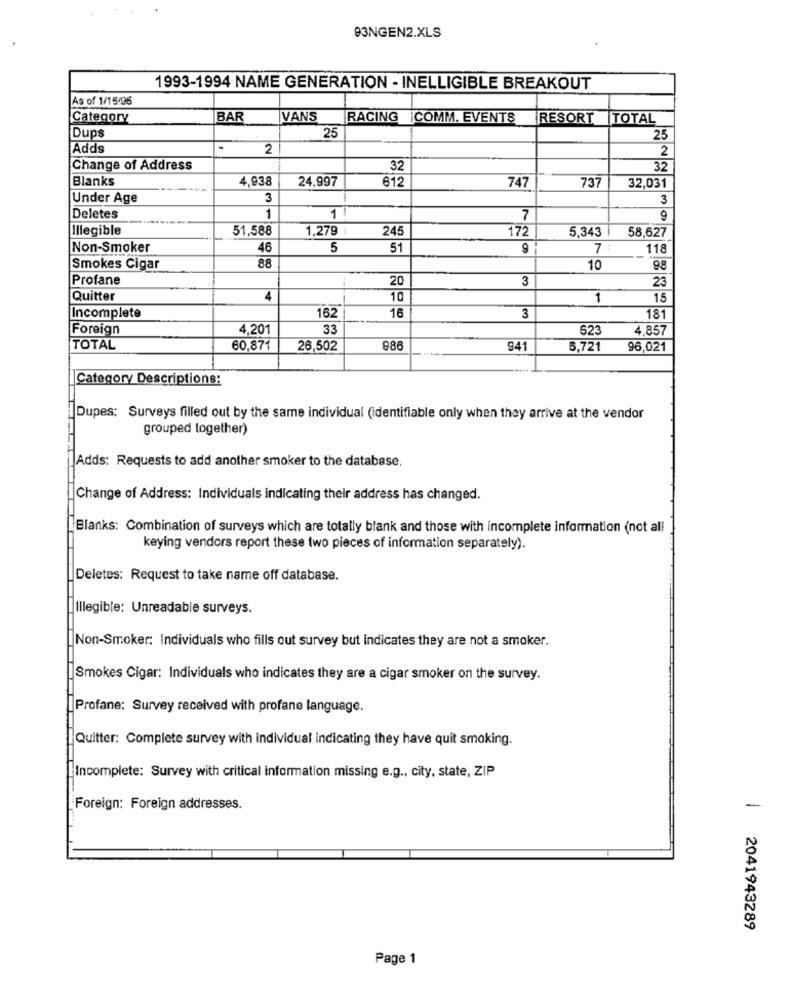
93NGEN2.XLS
1993-1994 NAME GENERATION - INELLIGIBLE BREAKOUT
As of 1/15/96
Category
BAR
VANS
RACING
¡COMM. EVENTS
RESORT TOTAL
25
Dups
25
Adds
2
2
Change of Address
32
32
Blanks
4,938
24,997
612
747
737
32,031
Under Age
3
3
Deletes
1
1
7
9
Illegible
51,588
1,279 :
245
172
5,343
58,627
Non-Smoker
46
5
51
7 :
118
88
Smokes Cigar
10
98
Profane
20
3
23
Quitter
4
10
1
15
162
16
Incomplete
3
181
Foreign
4,201
33
623
4.857
TOTAL
60,871
26,502
986
941
6,721
96,021
Category Descriptions:
|Dupes: Surveys filled out by the same individual (identifiable only when they arrive at the vendor
grouped together)
Adds: Requests to add another smoker to the database.
Change of Address: Individuals indicating their address has changed.
Blanks: Combination of surveys which are totally blank and those with incomplete information (not all
keying vendors report these two pieces of information separately).
Deletes: Request to take name off database.
Illegible: Unreadable surveys.
Non-Smoker: Individuals who fills out survey but indicates they are not a smoker.
Smokes Cigar: Individuals who indicates they are a cigar smoker on the survey.
Profane: Survey received with profane language.
Quitter: Complete survey with individual indicating they have quit smoking.
Incomplete: Survey with critical information missing e.g ., city, state, ZIP
Foreign: Foreign addresses.
-
2041943289
Page 1